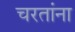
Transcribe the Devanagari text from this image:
चरतांना